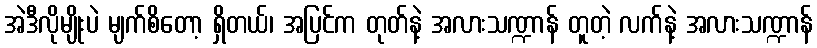
အဲဒီလိုမျိုးပဲ မျက်စိတော့ ရှိတယ်၊ အပြင်က တုတ်နဲ့ အလားသဏ္ဍာန် တူတဲ့ လက်နဲ့ အလားသဏ္ဍာန်